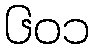
၆၀၁